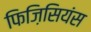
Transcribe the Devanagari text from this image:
फिज़िसियंस